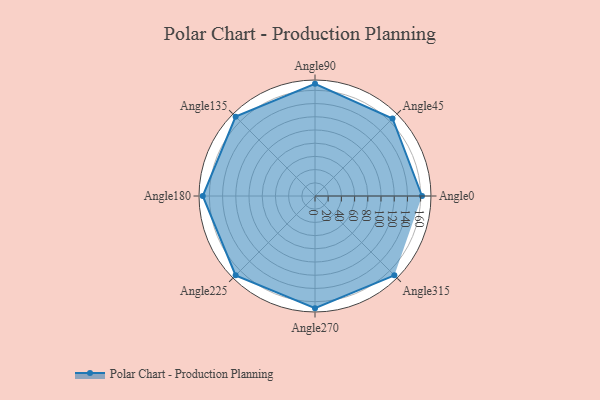
{"axis": {"x": "Angle", "y": "Radius"}, "legend": [""], "data": [{"x": "Angle0", "y": 162.0, "type": ""}, {"x": "Angle45", "y": 166.0, "type": ""}, {"x": "Angle90", "y": 170, "type": ""}, {"x": "Angle135", "y": 170, "type": ""}, {"x": "Angle180", "y": 170, "type": ""}, {"x": "Angle225", "y": 170, "type": ""}, {"x": "Angle270", "y": 170, "type": ""}, {"x": "Angle315", "y": 170, "type": ""}]}